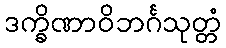
ဒက္ခိဏာဝိဘင်္ဂသုတ္တံ